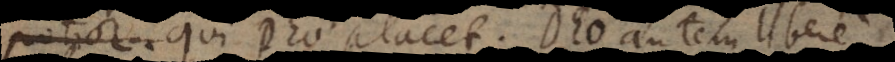
otior qui Deo placet. Deo autem libere